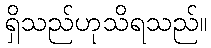
ရှိသည်ဟုသိရသည်။